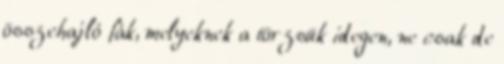
összehajló fák, melyeknek a törzsük idegen, ne csak de